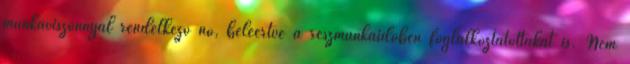
munkaviszonnyal rendelkező nő, beleértve a részmunkaidőben foglalkoztatottakat is. Nem